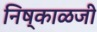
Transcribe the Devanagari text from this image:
निष्काळजी